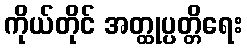
ကိုယ်တိုင် အတ္ထုပ္ပတ္တိရေး